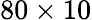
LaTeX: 80\times 10